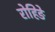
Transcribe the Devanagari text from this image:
रोहिङे